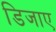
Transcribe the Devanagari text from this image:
डिजाए